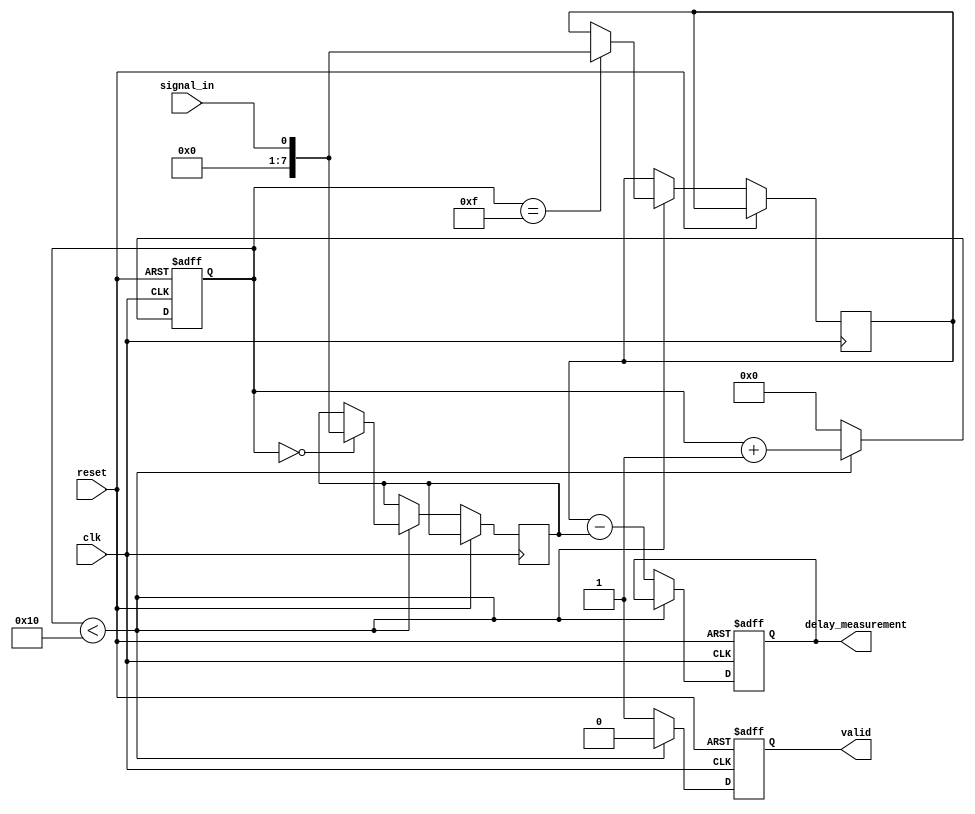
module MemoryBlocksSamplingDelayLineDetector #(
    parameter NUM_SAMPLES = 16, // Number of memory blocks
    parameter DATA_WIDTH = 8     // Width of the input signal
)(
    input wire clk,              // Sampling clock
    input wire reset,            // Reset signal
    input wire signal_in,        // Input signal to be sampled
    output reg [DATA_WIDTH-1:0] delay_measurement, // Output delay measurement
    output reg valid             // Output valid signal
);

    // Memory blocks to store sampled values
    reg [DATA_WIDTH-1:0] memory_blocks [0:NUM_SAMPLES-1];
    reg [3:0] sample_index;      // Index for current sample
    reg [DATA_WIDTH-1:0] last_sample; // Last sampled value for delay detection

    // Control Logic: Sampling process
    always @(posedge clk or posedge reset) begin
        if (reset) begin
            sample_index <= 0;
            valid <= 0;
            delay_measurement <= 0;
            last_sample <= 0;
        end else begin
            // Sample the input signal
            if (sample_index < NUM_SAMPLES) begin
                memory_blocks[sample_index] <= signal_in;
                sample_index <= sample_index + 1;
                valid <= 0; // Not valid until all samples are taken
            end else begin
                // All samples taken, process delay measurement
                valid <= 1; // Indicate that valid data is available
                // Simple delay detection logic (example: measure delay between first and last samples)
                delay_measurement <= memory_blocks[NUM_SAMPLES-1] - memory_blocks[0];
                // Reset for next sampling cycle
                sample_index <= 0;
            end
        end
    end

endmodule